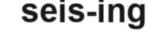
seis-ing